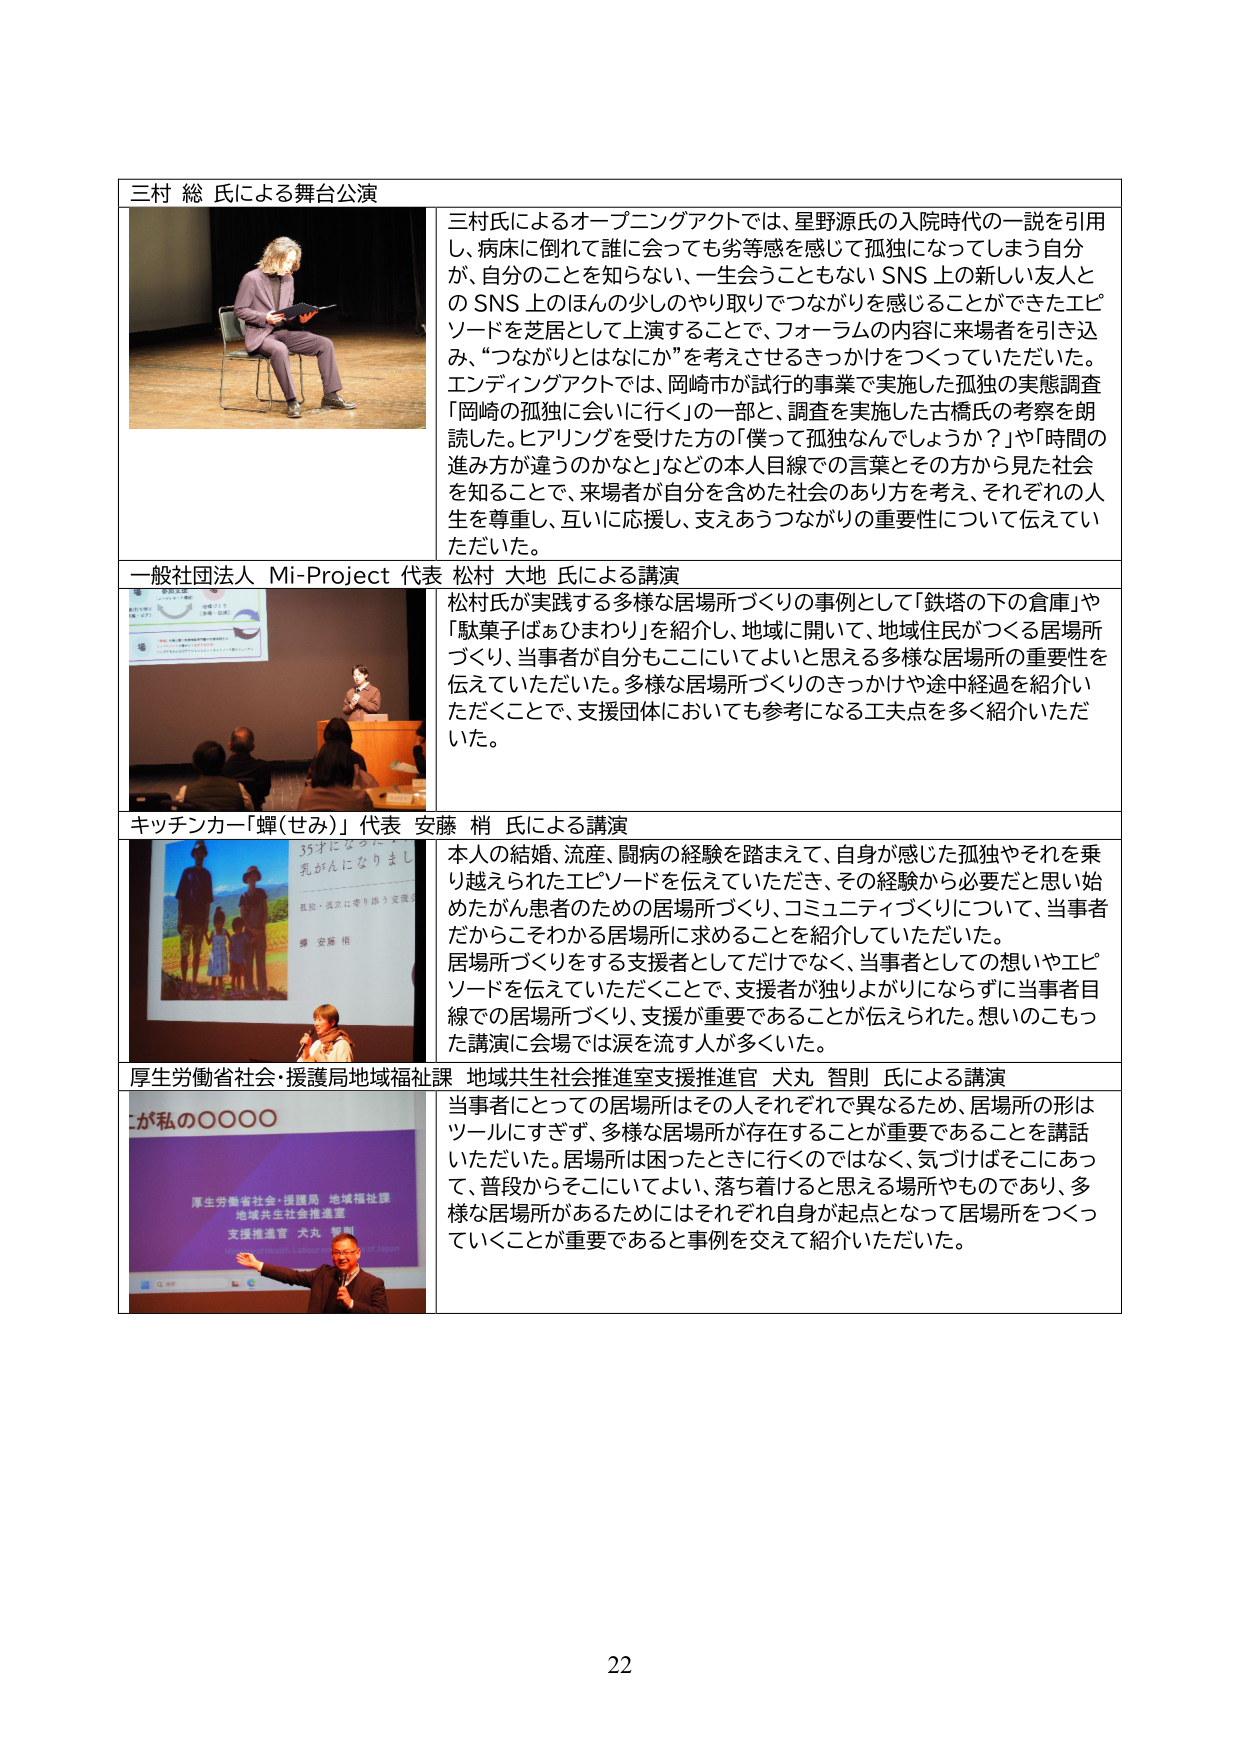
三村 総 氏による舞台公演

三村氏によるオープニングアクトでは、星野源氏の入院時代の一説を引用し、病床に倒れて誰に会っても劣等感を感じて孤独になってしまう自分が、自分のことを知らない、一生会うこともないSNS上の新しい友人とのSNS上のほんの少しのやり取りでつながりを感じることができたエピソードを芝居として上演することで、フォーラムの内容に来場者を引き込み、“つながりとはなにか”を考えさせるきっかけをつくっていただいた。エンディングアクトでは、岡崎市が試行的事業で実施した孤独の実態調査「岡崎の孤独に会いに行く」の一部と、調査を実施した古橋氏の考察を朗読した。ヒアリングを受けた方の「僕って孤独なんでしょうか？」や「時間の進み方が違うのかなと」などの本人目線での言葉とその方から見た社会を知ることで、来場者が自分を含めた社会のあり方を考え、それぞれの人生を尊重し、互いに応援し、支えあうつながりの重要性について伝えていただいた。

一般社団法人 Mi-Project 代表 松村 大地 氏による講演

松村氏が実践する多様な居場所づくりの事例として「鉄塔の下の倉庫」や「駄菓子ばあひまわり」を紹介し、地域に関して、地域住民がつくる居場所づくり、当事者が自分もここにいてよいと思える多様な居場所の重要性を伝えていただいた。多様な居場所づくりのきっかけや途中経過を紹介いただくことで、支援団体においても参考になる工夫点を多く紹介いただいた。

キッチンカー「蟬（せみ）」代表 安藤 梢 氏による講演

本人の結婚、流産、闘病の経験を踏まえて、自身が感じた孤独やそれを乗り越えられたエピソードを伝えていただき、その経験から必要だと思い始めたがん患者のための居場所づくり、コミュニティづくりについて、当事者だからこそわかる居場所に求めることを紹介していただいた。居場所づくりをする支援者としてだけでなく、当事者としての想いやエピソードを伝えていただくことで、支援者が独りがりにならずに当事者目線での居場所づくり、支援が重要であることが伝えられた。想いのこもった講演に会場では涙を流す人が多くいた。

厚生労働省社会・援護局地域福祉課 地域共生社会推進室支援推進官 犬丸 智則 氏による講演

当事者にとっての居場所はその人それぞれで異なるため、居場所の形はツールにすぎず、多様な居場所が存在することが重要であることを講話いただいた。居場所は困ったときに行くのではなく、気づけばそこにあって、普段からそこにいてよい、落ち着けると思える場所やものであり、多様な居場所があるためにはそれぞれ自身が起点となって居場所をつくっていくことが重要であると事例を交えて紹介いただいた。

22